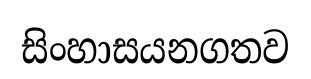
සිංහාසයනගතව